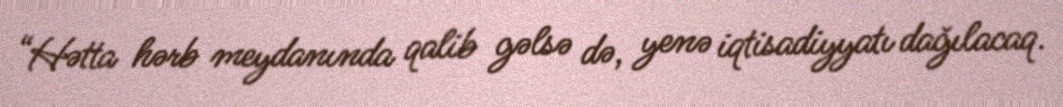
“Hətta hərb meydanında qalib gəlsə də, yenə iqtisadiyyatı dağılacaq.